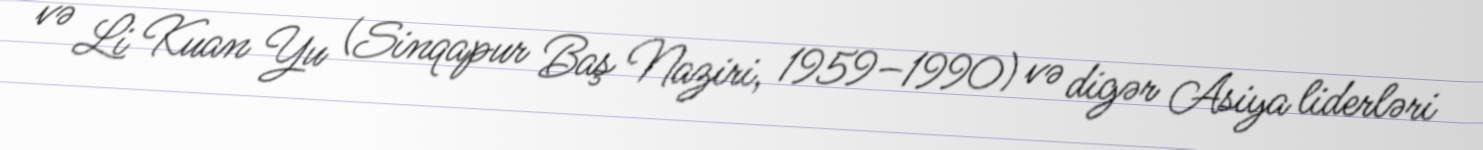
və Li Kuan Yu (Sinqapur Baş Naziri, 1959–1990) və digər Asiya liderləri